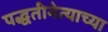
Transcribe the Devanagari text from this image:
पद्धतीनेत्याच्या